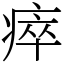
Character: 瘁